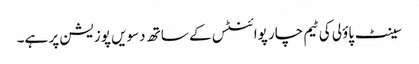
سینٹ پاؤلی کی ٹیم چار پوائنٹس کے ساتھ دسویں پوزیشن پر ہے۔